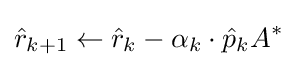
{\hat {r}}_{k+1}\leftarrow {\hat {r}}_{k}-\alpha _{k}\cdot {\hat {p}}_{k}A^{*}